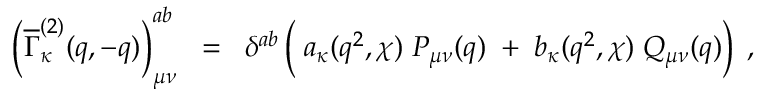
\; \left( \overline { { { \Gamma } } } _ { \kappa } ^ { ( 2 ) } ( q , - q ) \right) _ { \mu \nu } ^ { a b } \; \; = \; \; \delta ^ { a b } \left( \frac { } { } a _ { \kappa } ( q ^ { 2 } , \chi ) \; P _ { \mu \nu } ( q ) \; + \; b _ { \kappa } ( q ^ { 2 } , \chi ) \; Q _ { \mu \nu } ( q ) \right) \; ,